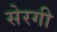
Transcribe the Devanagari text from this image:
सेरगी